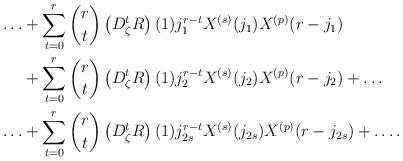
LaTeX: \begin{align*}\ldots& +\sum_{t=0}^{r}\binom{r}{t}\left(D_{\zeta}^{t}R\right)(1)j_{1}^{r-t} X^{(s)}(j_1) X^{(p)}(r-j_1)\\&+\sum_{t=0}^{r}\binom{r}{t}\left(D_{\zeta}^{t}R\right)(1)j_{2}^{r-t} X^{(s)}(j_2) X^{(p)}(r-j_2)+\ldots\\\ldots&+\sum_{t=0}^{r}\binom{r}{t}\left(D_{\zeta}^{t}R\right)(1)j_{2s}^{r-t} X^{(s)}(j_{2s}) X^{(p)}(r-j_{2s})+\ldots .\end{align*}